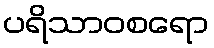
ပရိသာဝစရော